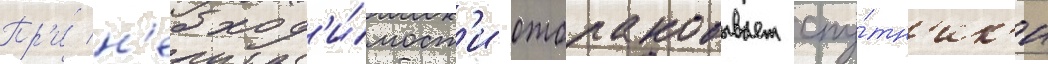
Пр'и́ н'еобход'и́мост'и отбраковывает спу́тн'ик'и